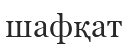
шафқат